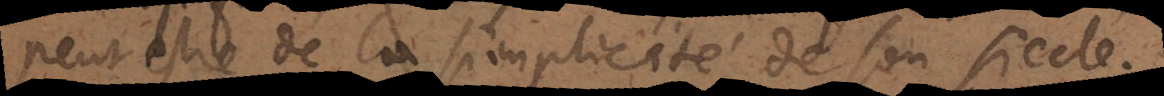
peut estre de la simplicité de son siecle.